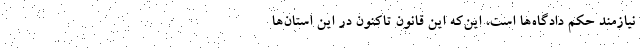
نیازمند حکم دادگاه‌ها است، این‌که این قانون تاکنون در این استان‌ها